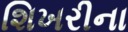
શિખરીના